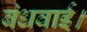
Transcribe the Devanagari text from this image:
बंधवाई।